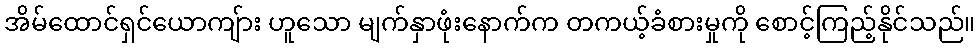
အိမ်ထောင်ရှင်ယောကျ်ား ဟူသော မျက်နှာဖုံးနောက်က တကယ့်ခံစားမှုကို စောင့်ကြည့်နိုင်သည်။